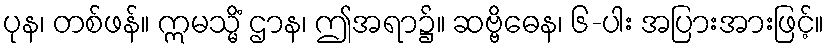
ပုန၊ တစ်ဖန်။ ဣမသ္မိံ ဌာန၊ ဤအရာ၌။ ဆဗ္ဗိဓေန၊ ၆-ပါး အပြားအားဖြင့်။